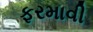
ફરમાવી